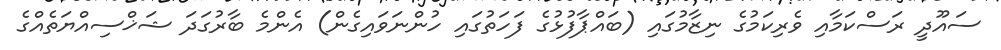
ސައޫދީ ރަސްކަމާއި ވެރިކަމުގެ ނިޒާމުގައި (ބައްޕާފުޅުގެ ފަހަތުގައި ހުންނަވައިގެން) އެންމެ ބާރުގަދަ ޝަޚްސިއްޔަތެއްގެ